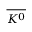
\overline { { K ^ { 0 } } }